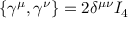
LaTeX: \left\{ \gamma ^ { \mu } , \gamma ^ { \nu } \right\} = 2 \delta ^ { \mu \nu } I _ { 4 }